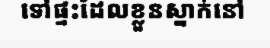
ទៅផ្ទះដែលខ្លួនស្នាក់នៅ